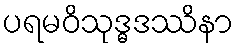
ပရမဝိသုဒ္ဓဒဿိနာ